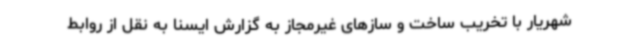
شهریار با تخریب ساخت و سازهای غیرمجاز به گزارش ایسنا به نقل از روابط